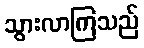
သွားလာကြသည်